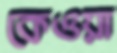
কেওয়া